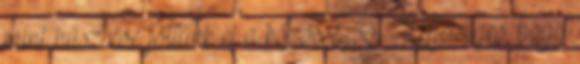
mint húsz éve jöttünk el a közösségből. Lehetséges, hogy